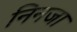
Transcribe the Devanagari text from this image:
निनजा